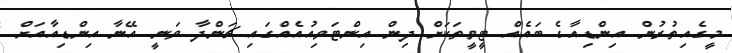
މީގެއިތުރުން އިންޑިއާގެ ބައެއް ޓީވީތަކަށް ދިން އިންޓަވިއުއެއްގައި ޗަންދާ ވަނީ އޭނާ އިންޑިއާއަށް